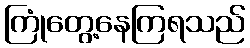
ကြုံတွေ့နေကြရသည်